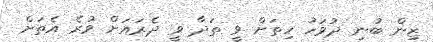
ޒިން ބުނި ދުވަހު ހިތަށް ވީ ތަދާ ވީ ދެރައަށް ވުރެ އެތަށް